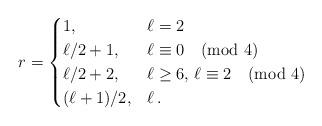
LaTeX: \begin{align*}r= \begin{cases} 1, & \ell=2\\\ell/2+1, & \ell\equiv0\pmod4\\\ell/2+2, & \ell\geq 6,\, \ell\equiv2\pmod4\\(\ell+1)/2, & \ell \, . \end{cases} \end{align*}